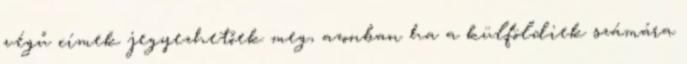
végű címek jegyezhetőek meg, azonban ha a külföldiek számára